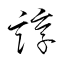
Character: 諄